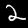
Digit: 2